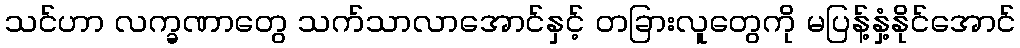
သင်ဟာ လက္ခဏာတွေ သက်သာလာအောင်နှင့် တခြားလူတွေကို မပြန့်နှံ့နိုင်အောင်